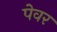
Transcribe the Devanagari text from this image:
पेवर